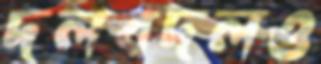
দলবদলও